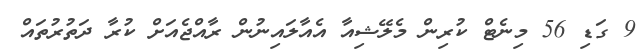
9 ގަޑި 56 މިނެޓް ކުރިން މެލޭޝިއާ އެއާލައިނުން ރާއްޖެއަށް ކުރާ ދަތުރުތައް